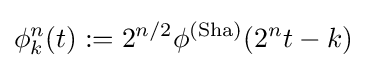
\phi _{k}^{n}(t):=2^{n/2}\phi ^{\text{(Sha)}}(2^{n}t-k)